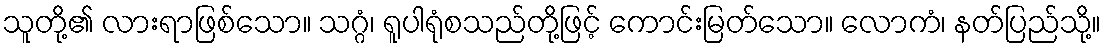
သူတို့၏ လားရာဖြစ်သော။ သဂ္ဂံ၊ ရူပါရုံစသည်တို့ဖြင့် ကောင်းမြတ်သော။ လောကံ၊ နတ်ပြည်သို့။